Indian journal of veterinary science and animal husbandry - Volume 3,
Year: 1933
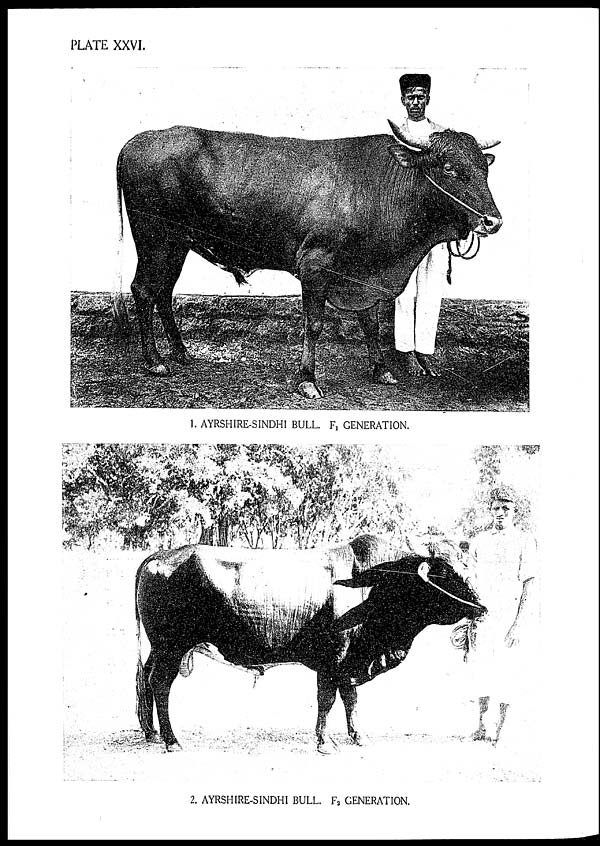
PLATE XXVI.
1. AYRSHIRE-SINDHI BULL. F 1 GENERATION.
2. AYRSHIRE-SINDHI BULL. F 2 GENERATION.